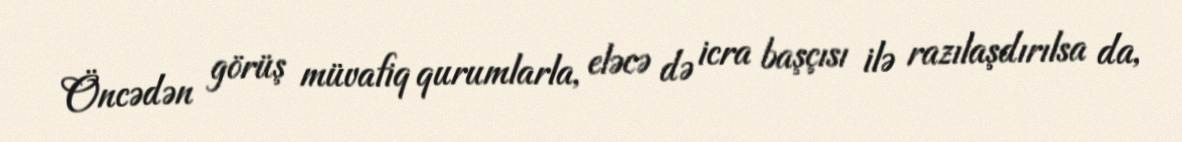
Öncədən görüş müvafiq qurumlarla, eləcə də icra başçısı ilə razılaşdırılsa da,